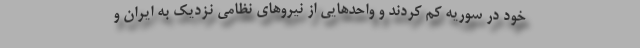
خود در سوریه کم کردند و واحدهایی از نیروهای نظامی نزدیک به ایران و